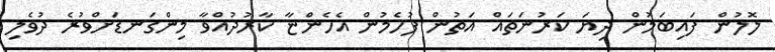
ލޮލުން ފައިބަމުން ދިޔަ ކަރުނަތައް އަތުން ފުހެމުން އެހެންޏާ ކާރުދުއްވާ މިންގަނޑަށްވުރެ ދުވެލި